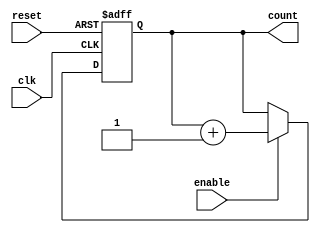
`timescale 1ns/1ps

// No auto creation of nets
//`default_nettype none

module sync_counter(
        reset,
		clk,
		enable,
        count
    );

    //-----------------------------------------------------------------------------------
    //  Parameters
    //-----------------------------------------------------------------------------------
    parameter Width =           10;
	localparam DummyBits = 		Width-1;
    //-----------------------------------------------------------------------------------
    
    //-----------------------------------------------------------------------------------
    //  I/O
    //-----------------------------------------------------------------------------------
    input wire                  clk;
    input wire                  reset;
	input wire					enable;
    output reg  [Width-1:0]     count;
    //-----------------------------------------------------------------------------------

    //-----------------------------------------------------------------------------------
    //  Synchronous Counter
    //-----------------------------------------------------------------------------------
    always @(posedge clk or posedge reset) begin
        if (reset) begin
			count[Width-1:0] <= {Width{1'b0}};
		end else if (enable) begin
			count[Width-1:0] <= count[Width-1:0] + { {DummyBits{1'b0}}, 1'b1};
		end
	end
    //-----------------------------------------------------------------------------------

endmodule